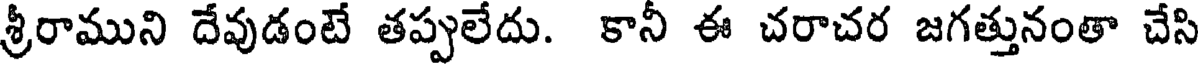
శ్రీరాముని దేవుడంటే తప్పులేదు. కానీ ఈ చరాచర జగత్తునంతా చేసి